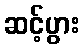
ဆင့်ပွား